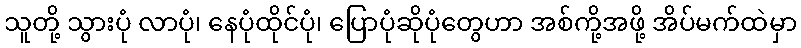
သူတို့ သွားပုံ လာပုံ၊ နေပုံထိုင်ပုံ၊ ပြောပုံဆိုပုံတွေဟာ အစ်ကို့အဖို့ အိပ်မက်ထဲမှာ